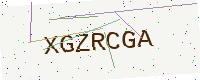
Text: XGZRCGA